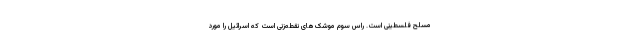
مسلح فلسطینی است‌. راس سوم موشک‌های نقطه‌زنی است که اسرائیل را مورد